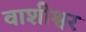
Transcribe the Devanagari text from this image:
वाशीश्वर